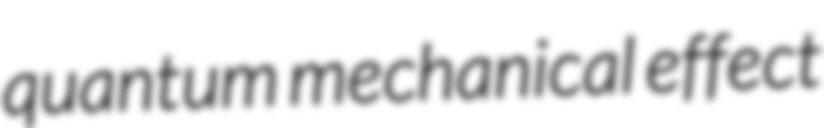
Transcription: quantum mechanical effect